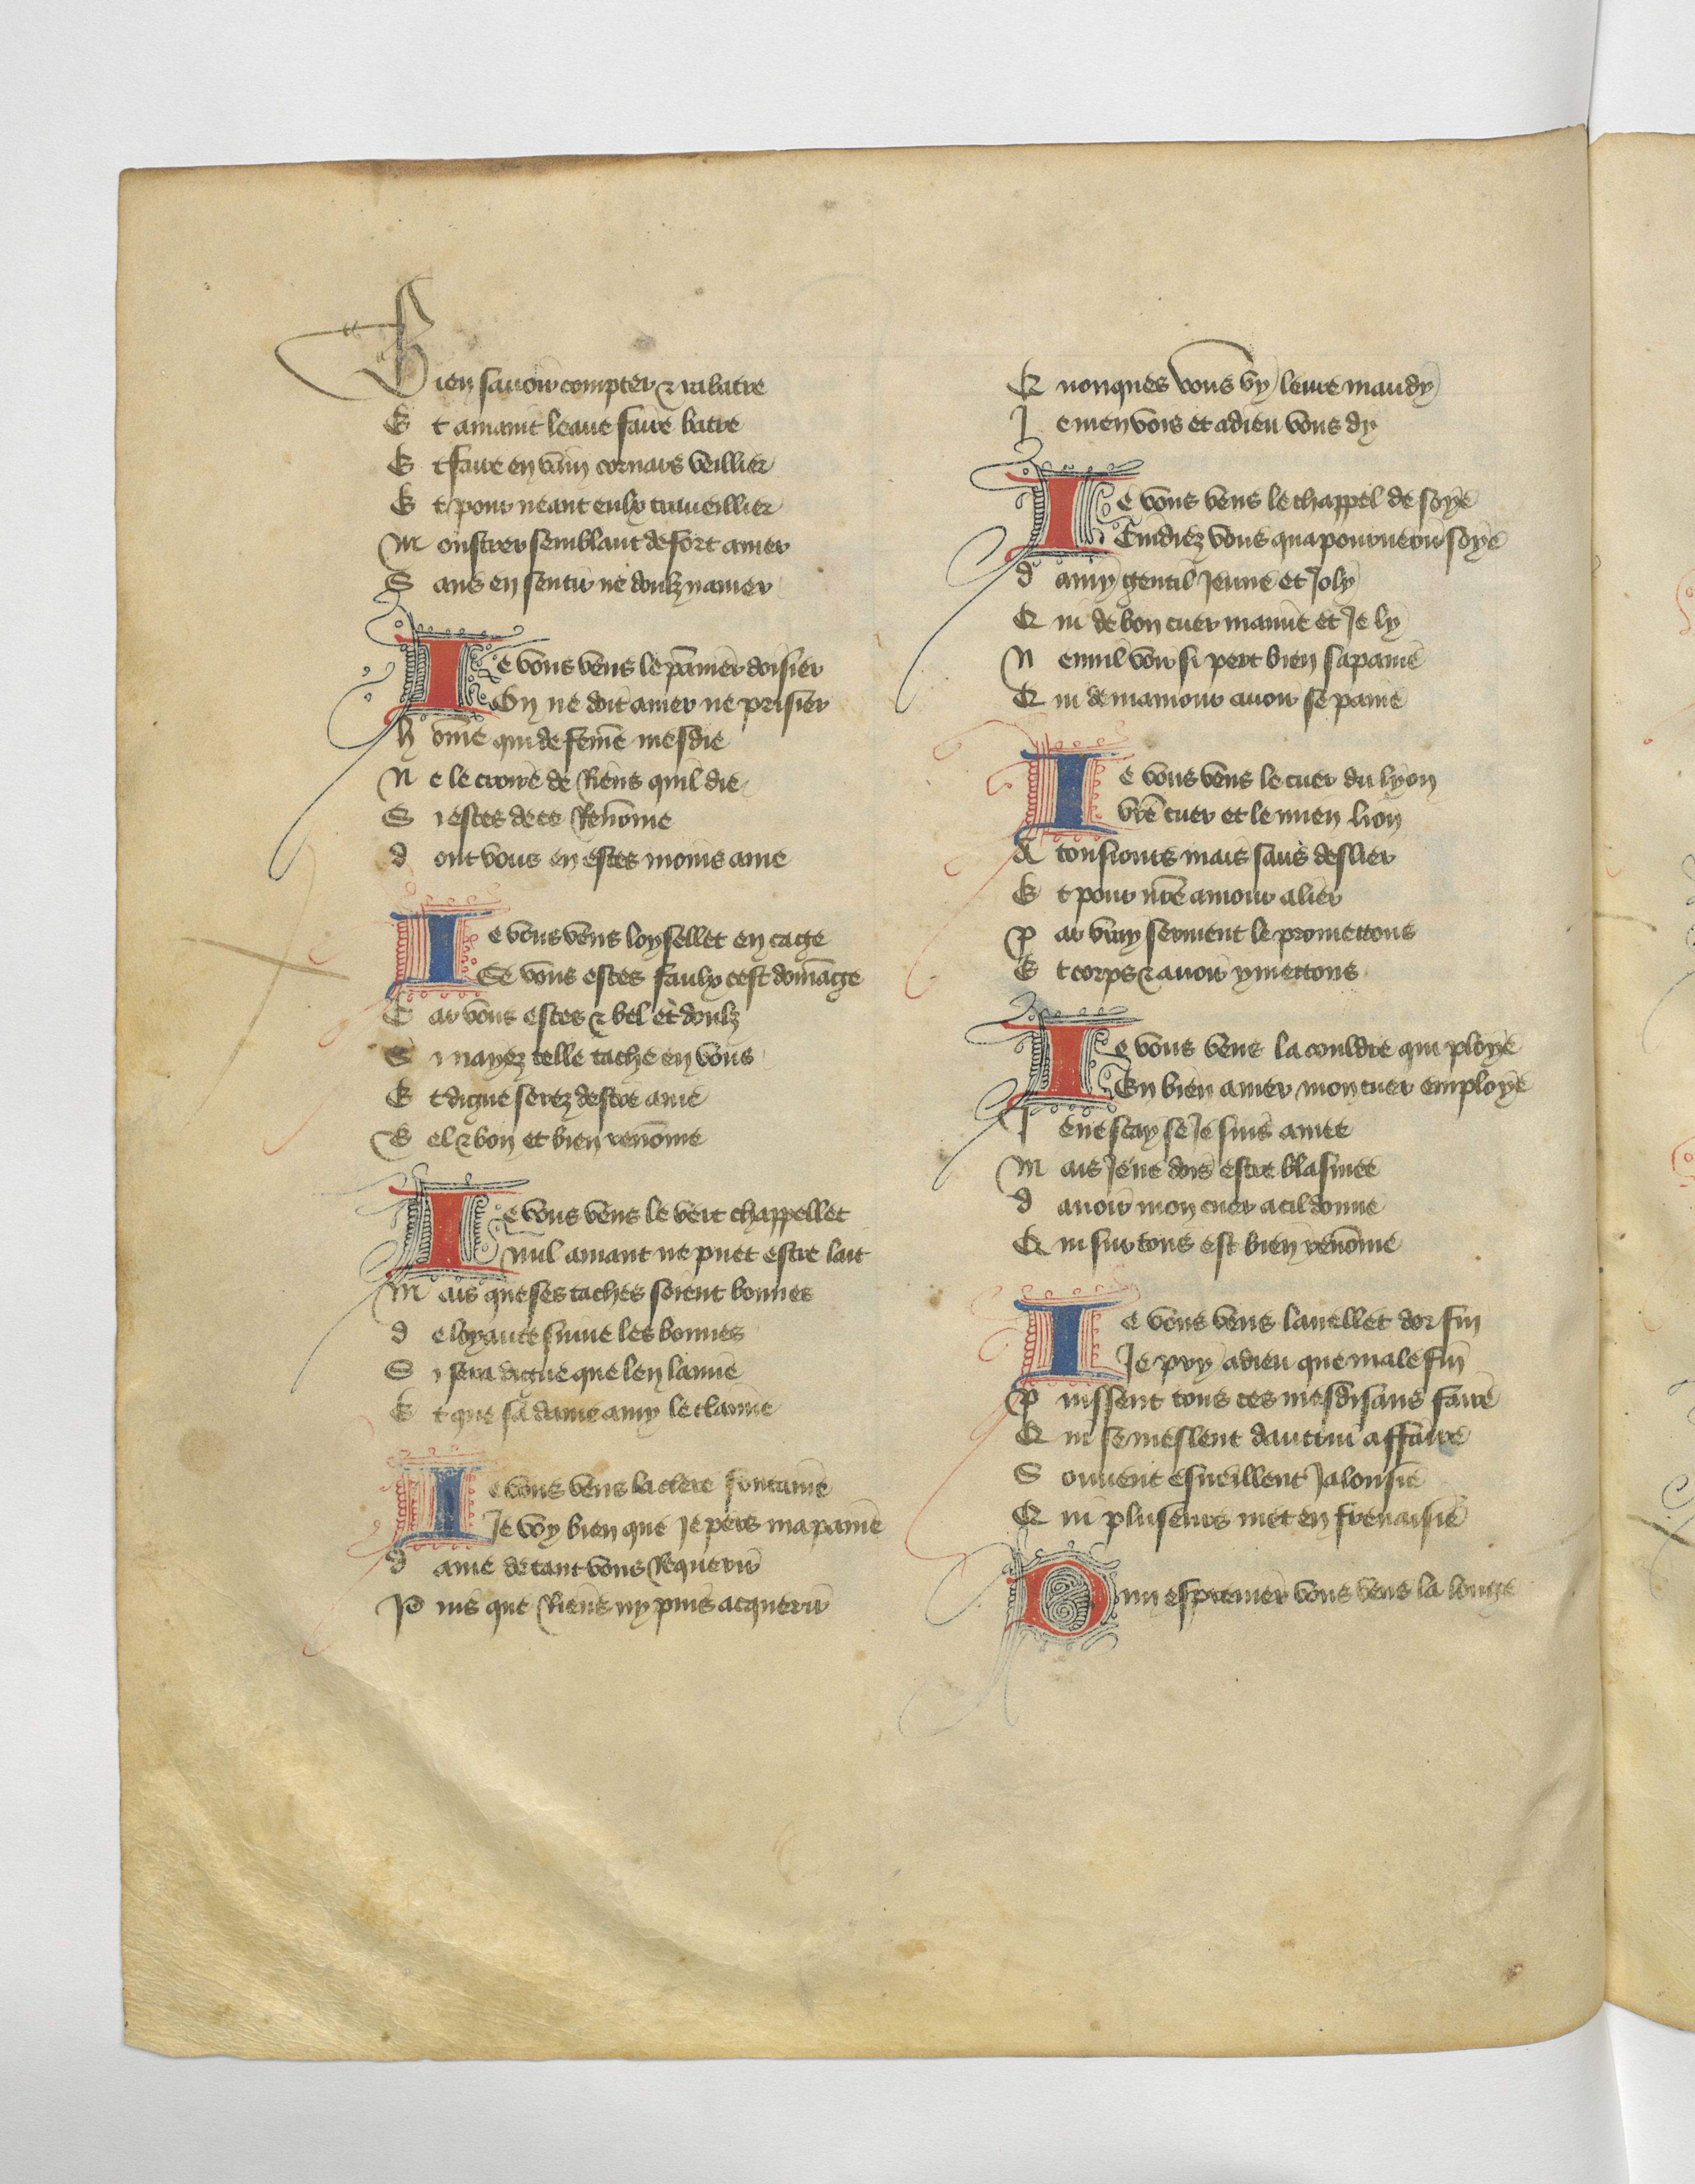
Shelfmark: Paris, BnF, fr. 12779
Century: 15